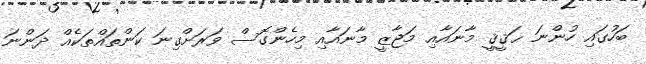
ބަހުގައި ހުންނަ ޙަޤީޤީ މާނައާއި މަޖާޒީ މާނައާއި މިހެންގޮސް ވަރަށްގިނަ ކަންތައްތަކެއް ދަންނަ